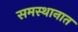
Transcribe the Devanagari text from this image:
समस्थानात